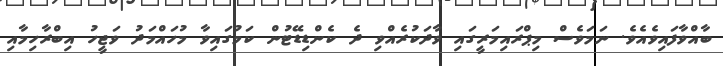
ބާއްވާފައިވެއެވެ. ނަމަވެސް މިޕްރައިމަރީގައި ވާދަކުރެއްވި ދެ ކެންޑިޑޭޓުން ކަމުގައިވާ މުހައްމަދު ވަޖީހު އިބްރާހިމާއި